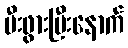
မီးဖွားပြီးနောက်